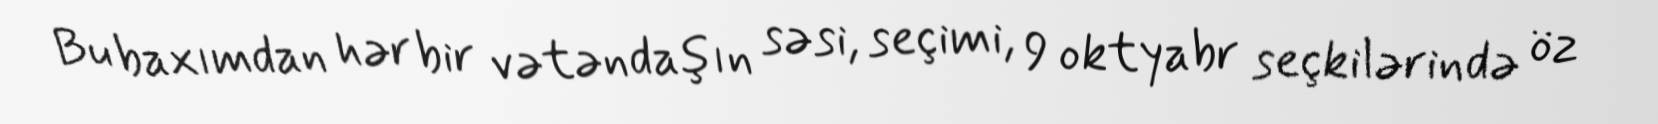
Bu baxımdan hər bir vətəndaşın səsi, seçimi, 9 oktyabr seçkilərində öz